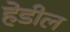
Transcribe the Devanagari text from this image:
हेडील